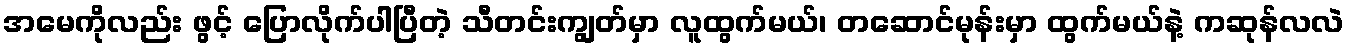
အမေကိုလည်း ဖွင့် ပြောလိုက်ပါပြီတဲ့ သီတင်းကျွတ်မှာ လူထွက်မယ်၊ တဆောင်မုန်းမှာ ထွက်မယ်နဲ့ ကဆုန်လလဲ